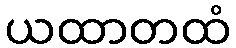
ယထာတထံ